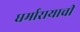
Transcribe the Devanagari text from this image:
धर्मारायाची